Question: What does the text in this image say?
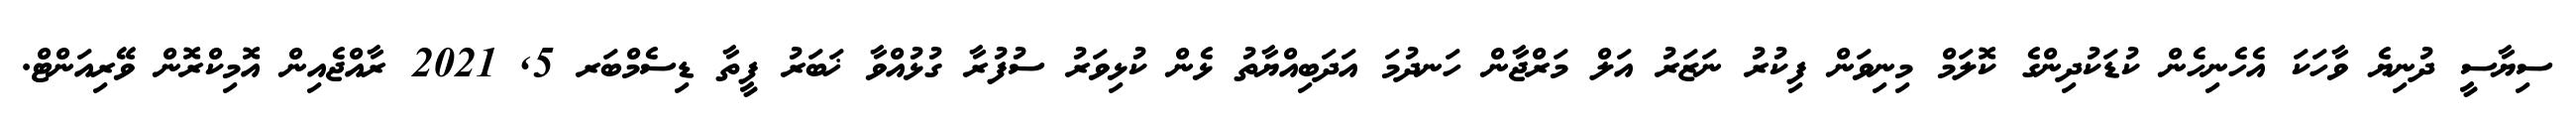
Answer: ސިޔާސީ ދުނިޔެ ވާހަކަ އެހެނިހެން ކުޑަކުދިންގެ ކޮލަމް މިނިވަން ފިކުރު ނަޒަރު އަލް މަރްޖާން ހަނދުމަ އަދަބިއްޔާތު ޅެން ކުޅިވަރު ސުފުރާ ގުޅުއްވާ ޚަބަރު ފީތާ ޑިސެމްބަރ 5, 2021 ރާއްޖެއިން އޮމިކްރޮން ވޭރިއަންޓް.